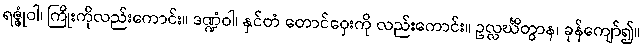
ရဇ္ဇုံဝါ၊ ကြိုးကိုလည်းကောင်း။ ဒဏ္ဍံဝါ၊ နှင်တံ တောင်ဝှေးကို လည်းကောင်း။ ဥလ္လင်္ဃိတွာန၊ ခုန်ကျော်၍။